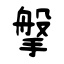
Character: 搫